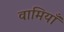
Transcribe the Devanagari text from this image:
वामियाँ